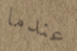
عندما